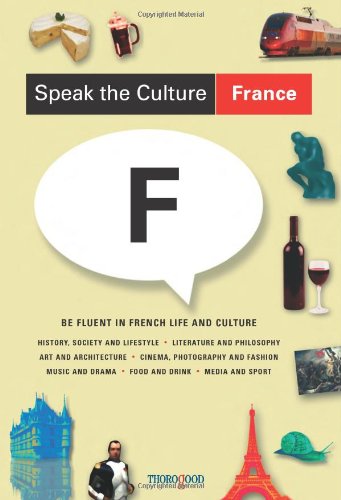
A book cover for Speak the Culture: France; Andrew Whittaker; Travel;